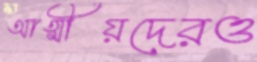
আত্মীয়দেরও